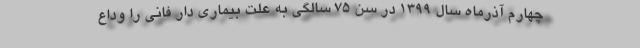
چهارم آذرماه سال ۱۳۹۹ در سن ۷۵ سالگی به علت بیماری دار فانی را وداع